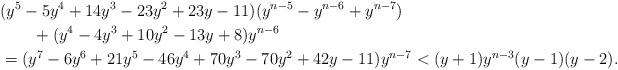
LaTeX: \begin{align*}&(y^5 - 5y^4 + 14y^3 - 23y^2 + 23y - 11)(y^{n-5} - y^{n-6} + y^{n-7}) \\&\qquad+ (y^4 - 4y^3 + 10y^2 - 13y + 8)y^{n-6} \\&= (y^7 - 6 y^6 + 21 y^5 - 46 y^4 + 70 y^3 - 70 y^2 + 42 y - 11)y^{n - 7} < (y+1)y^{n-3}(y-1)(y-2).\end{align*}